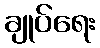
ချုပ်ရေး